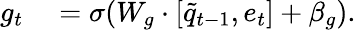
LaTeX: \begin{array}{rl}{g_{t}}&{{}=\sigma(W_{g}\cdot[\tilde{q}_{t-1},e_{t}]+\beta_{g}).}\end{array}